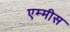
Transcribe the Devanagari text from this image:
एम्मीस